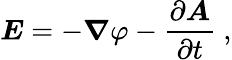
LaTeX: {\boldsymbol{E}}=-{\boldsymbol{\nabla}}\varphi-{\frac{\partial{\boldsymbol{A}}}{\partial t}}\ ,